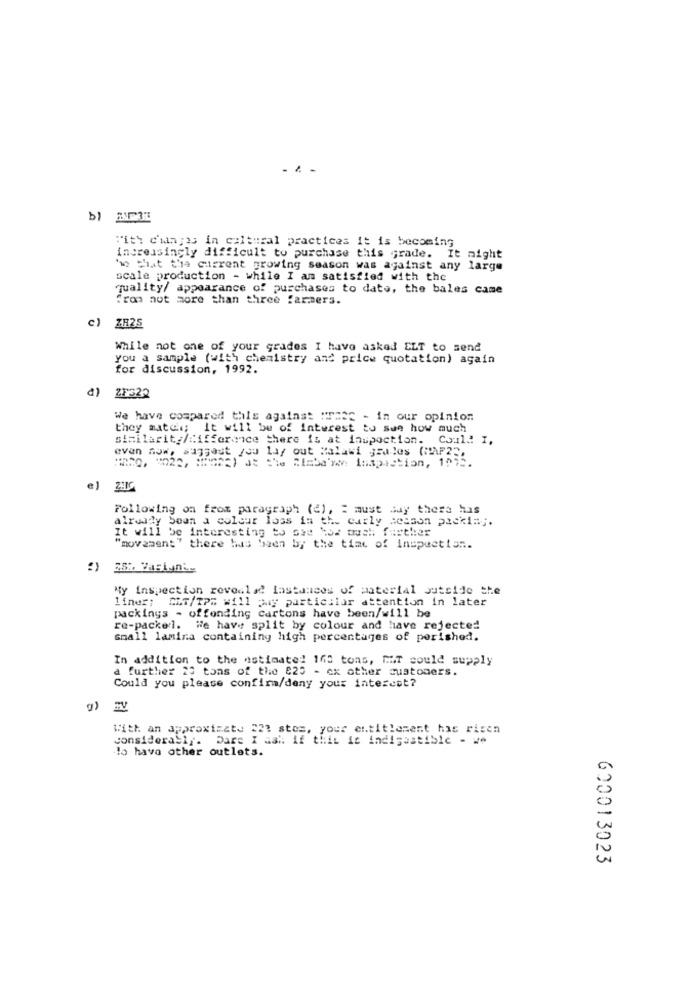
. .
"ith d'ungas in cultural practices it is becoming
increasingly difficult to purchase this grade. It might
ho that the current growing season was against any large
scale production - while I am satisfied with the
quality/ appearance of purchases to date, the bales came
fron not more than three farmers.
c)
ZH25
While not one of your grades I have asked ELT to send
you a sample (with chemistry and price quotation) again
for discussion, 1992.
a) 21322
We have compared this against wrazc - in our opinion
they match; It will be of interest to sue how much
similarity/difference there is at inupoction. Could! I,
even now, suggest you lay out Malawi gaules (MAF2",
e)
Following on from paragraph (4), : must say there has
already been a colcar loss in the carly Reason packing.
It will be interesting to see how much further
"movement" there has been by the time of Inspection.
My Inspection revealed lastances of material outside the
liner; ELT/TPS will pay particular attention in later
packings - offending cartons have been/will be
re-packel. We have split by colour and have rejected
small lamina containing high percentages of perished.
In addition to the estimated 165 tons, MT could supply
a further 23 tons of the 825 - cx other customers.
Could you please confirm/deny your interest?
With an approximate 223 stes, your entitlement has risen
consideraSir. Dare I ask if this is indigestible - we
lo hava other outlets.
600013023